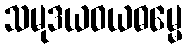
သမုဒယဝယဓမ္မေ